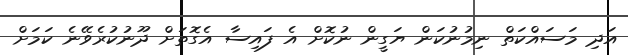
އަދި މަސައްކަތް ނިމުނުކަން ޔަގީން ނުކޮށް އެ ފައިސާ އެގޮތަށް ދޫނުކުރެވޭނެ ކަމަށް